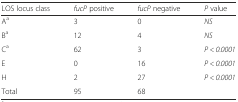
<table><thead><tr><td><b>LOS locus class</b></td><td><b><i>fucP</i> positive</b></td><td><b><i>fucP</i> negative</b></td><td><b><i>P</i> value</b></td></tr></thead><tbody><tr><td>A<sup>a</sup></td><td>3</td><td>0</td><td><i>NS</i></td></tr><tr><td>B<sup>a</sup></td><td>12</td><td>4</td><td><i>NS</i></td></tr><tr><td>C<sup>a</sup></td><td>62</td><td>3</td><td><i>P &lt; 0.0001</i></td></tr><tr><td>E</td><td>0</td><td>16</td><td><i>P &lt; 0.0001</i></td></tr><tr><td>H</td><td>2</td><td>27</td><td><i>P &lt; 0.0001</i></td></tr><tr><td>Total</td><td>95</td><td>68</td><td></td></tr></tbody></table>